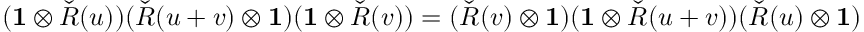
( \mathbf { 1 } \otimes { \check { R } } ( u ) ) ( { \check { R } } ( u + v ) \otimes \mathbf { 1 } ) ( \mathbf { 1 } \otimes { \check { R } } ( v ) ) = ( { \check { R } } ( v ) \otimes \mathbf { 1 } ) ( \mathbf { 1 } \otimes { \check { R } } ( u + v ) ) ( { \check { R } } ( u ) \otimes \mathbf { 1 } )